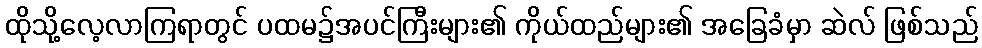
ထိုသို့လေ့လာကြရာတွင် ပထမ၌အပင်ကြီးများ၏ ကိုယ်ထည်များ၏ အခြေခံမှာ ဆဲလ် ဖြစ်သည်